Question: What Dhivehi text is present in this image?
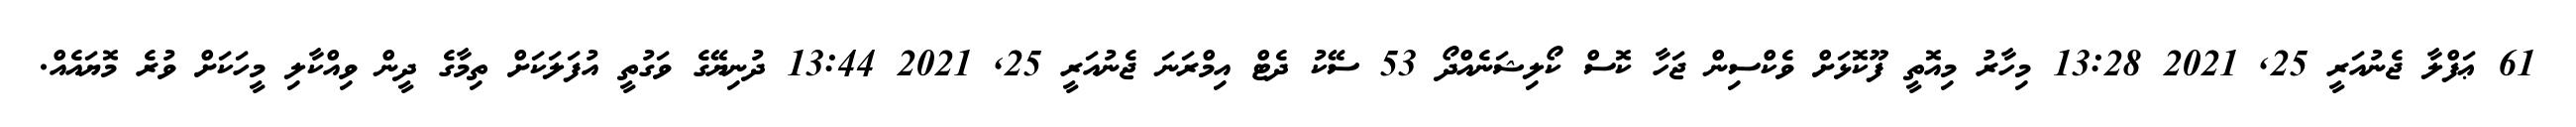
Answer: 61 ޢަފްލާ ޖެނުއަރީ 25, 2021 13:28 މިހާރު މިއޮތީ ފޫކޮޅަށް ވެކްސިން ޖަހާ ކޮސް ކޯލިޝަނެއްދޯ 53 ސޭކު ދެޓް އިމްރަނަ ޖެނުއަރީ 25, 2021 13:44 ދުނިޔޭގެ ވަގުތީ އުފަލަކަށް ތިމާގެ ދީން ވިއްކާލި މީހަކަށް ވުރެ މޮޔައެއް.